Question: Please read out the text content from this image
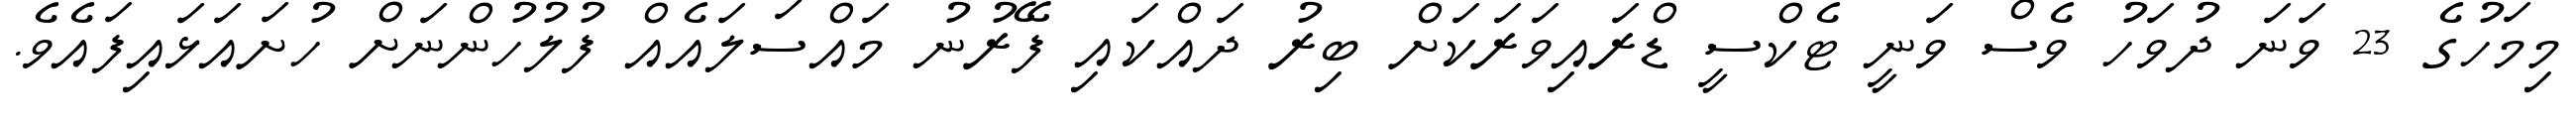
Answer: މިމަހުގެ 23 ވަނަ ދުވަހު ވެސް ވަނީ ޓެކްސީ ޑްރައިވަރަކަށް ބިރު ދައްކައި ފޭރުނު މައްސަލައެއް ފުލުހުންނަށް ހުށައަޅައިފައެވެ.